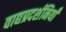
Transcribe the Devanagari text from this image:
वाद्यप्रदर्शनियाँ